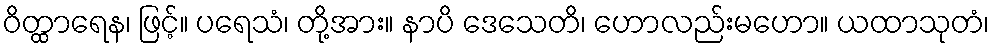
ဝိတ္ထာရေန၊ ဖြင့်။ ပရေသံ၊ တို့အား။ နာပိ ဒေသေတိ၊ ဟောလည်းမဟော။ ယထာသုတံ၊